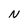
Character: N